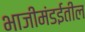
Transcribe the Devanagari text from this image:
भाजीमंडईतील